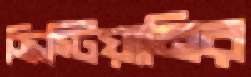
ক্রিস্টিয়ানির